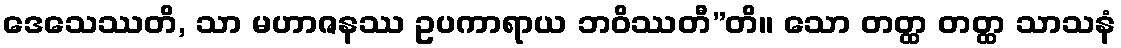
ဒေသေဿတိ, သာ မဟာဇနဿ ဥပကာရာယ ဘဝိဿတီ”တိ။ သော တတ္ထ တတ္ထ သာသနံ